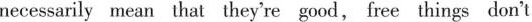
necessarily mean that they're gocd, free things don'